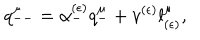
q _ { -- } ^ { \mu } = \alpha _ { - } ^ { ( \epsilon ) } q _ { - } ^ { \mu } + v ^ { ( \epsilon ) } l _ { ( \epsilon ) } ^ { \mu } ,